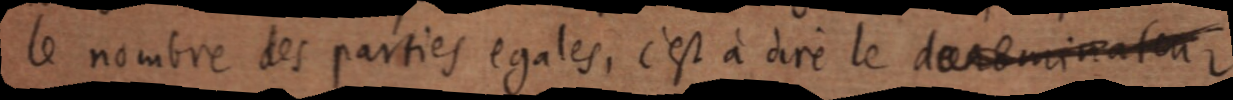
le nombre des parties egales, c’est à dire le denominateur